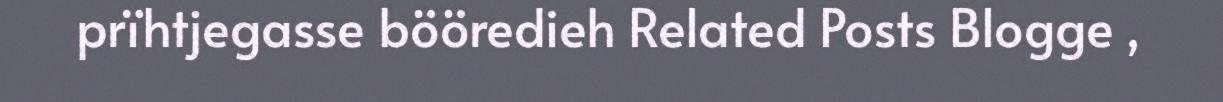
prïhtjegasse bööredieh Related Posts Blogge ,